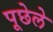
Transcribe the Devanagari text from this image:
पूछेले